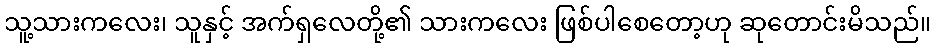
သူ့သားကလေး၊ သူနှင့် အက်ရှလေတို့၏ သားကလေး ဖြစ်ပါစေတော့ဟု ဆုတောင်းမိသည်။